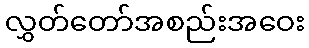
လွှတ်တော်အစည်းအဝေး